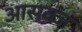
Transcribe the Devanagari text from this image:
आसवज